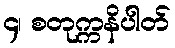
၄၊ စတုက္ကနိပါတ်